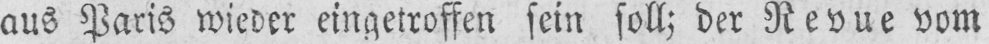
aus Paris wieder eingetroffen sein soll; der Revue vom